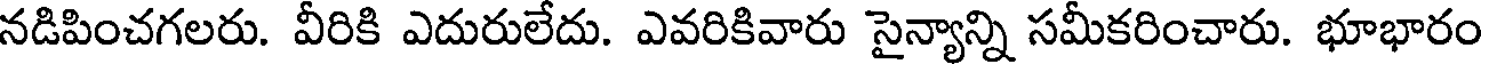
నడిపించగలరు. వీరికి ఎదురులేదు. ఎవరికివారు సైన్యాన్ని సమీకరించారు. భూభారం